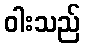
ဝါးသည်